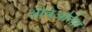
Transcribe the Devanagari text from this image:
अविअतािों